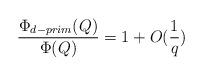
LaTeX: \begin{align*}\frac{\Phi_{d-prim}(Q)}{\Phi(Q)}=1+O(\frac{1}{q})\end{align*}